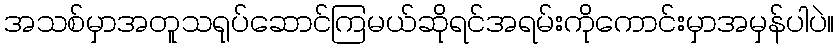
အသစ်မှာအတူသရုပ်ဆောင်ကြမယ်ဆိုရင်အရမ်းကိုကောင်းမှာအမှန်ပါပဲ။